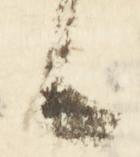
候